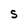
Character: S